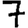
Digit: 7